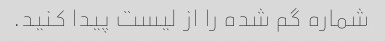
شماره گم شده را از لیست پیدا کنید.